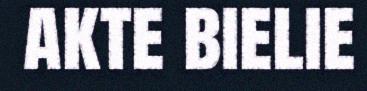
akte bielie